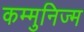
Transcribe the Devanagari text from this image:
कम्मुनिज्म